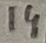
Text: 14